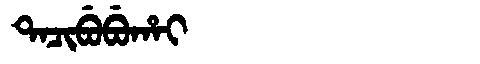
Manchu: ᡨᠠᠴᡳᠪᡠᠪᡠᡥᠠᡳ
Romanization: TACIBUBUHAI